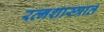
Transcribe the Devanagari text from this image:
रत्नशास्त्रात